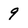
Character: 9